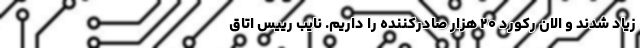
زیاد شدند و الان رکورد ۲۰ هزار صادرکننده را داریم. نایب رییس اتاق